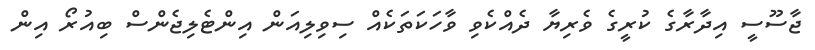
ޖާސޫސީ އިދާރާގެ ކުރީގެ ވެރިޔާ ދެއްކެވި ވާހަކަތަކެއް ސިވިލިއަން އިންޓެލިޖެންސް ބިއުރޯ އިން